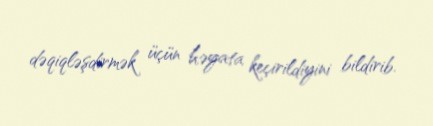
dəqiqləşdirmək üçün həyata keçirildiyini bildirib.